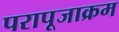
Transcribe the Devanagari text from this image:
परापूजाक्रम